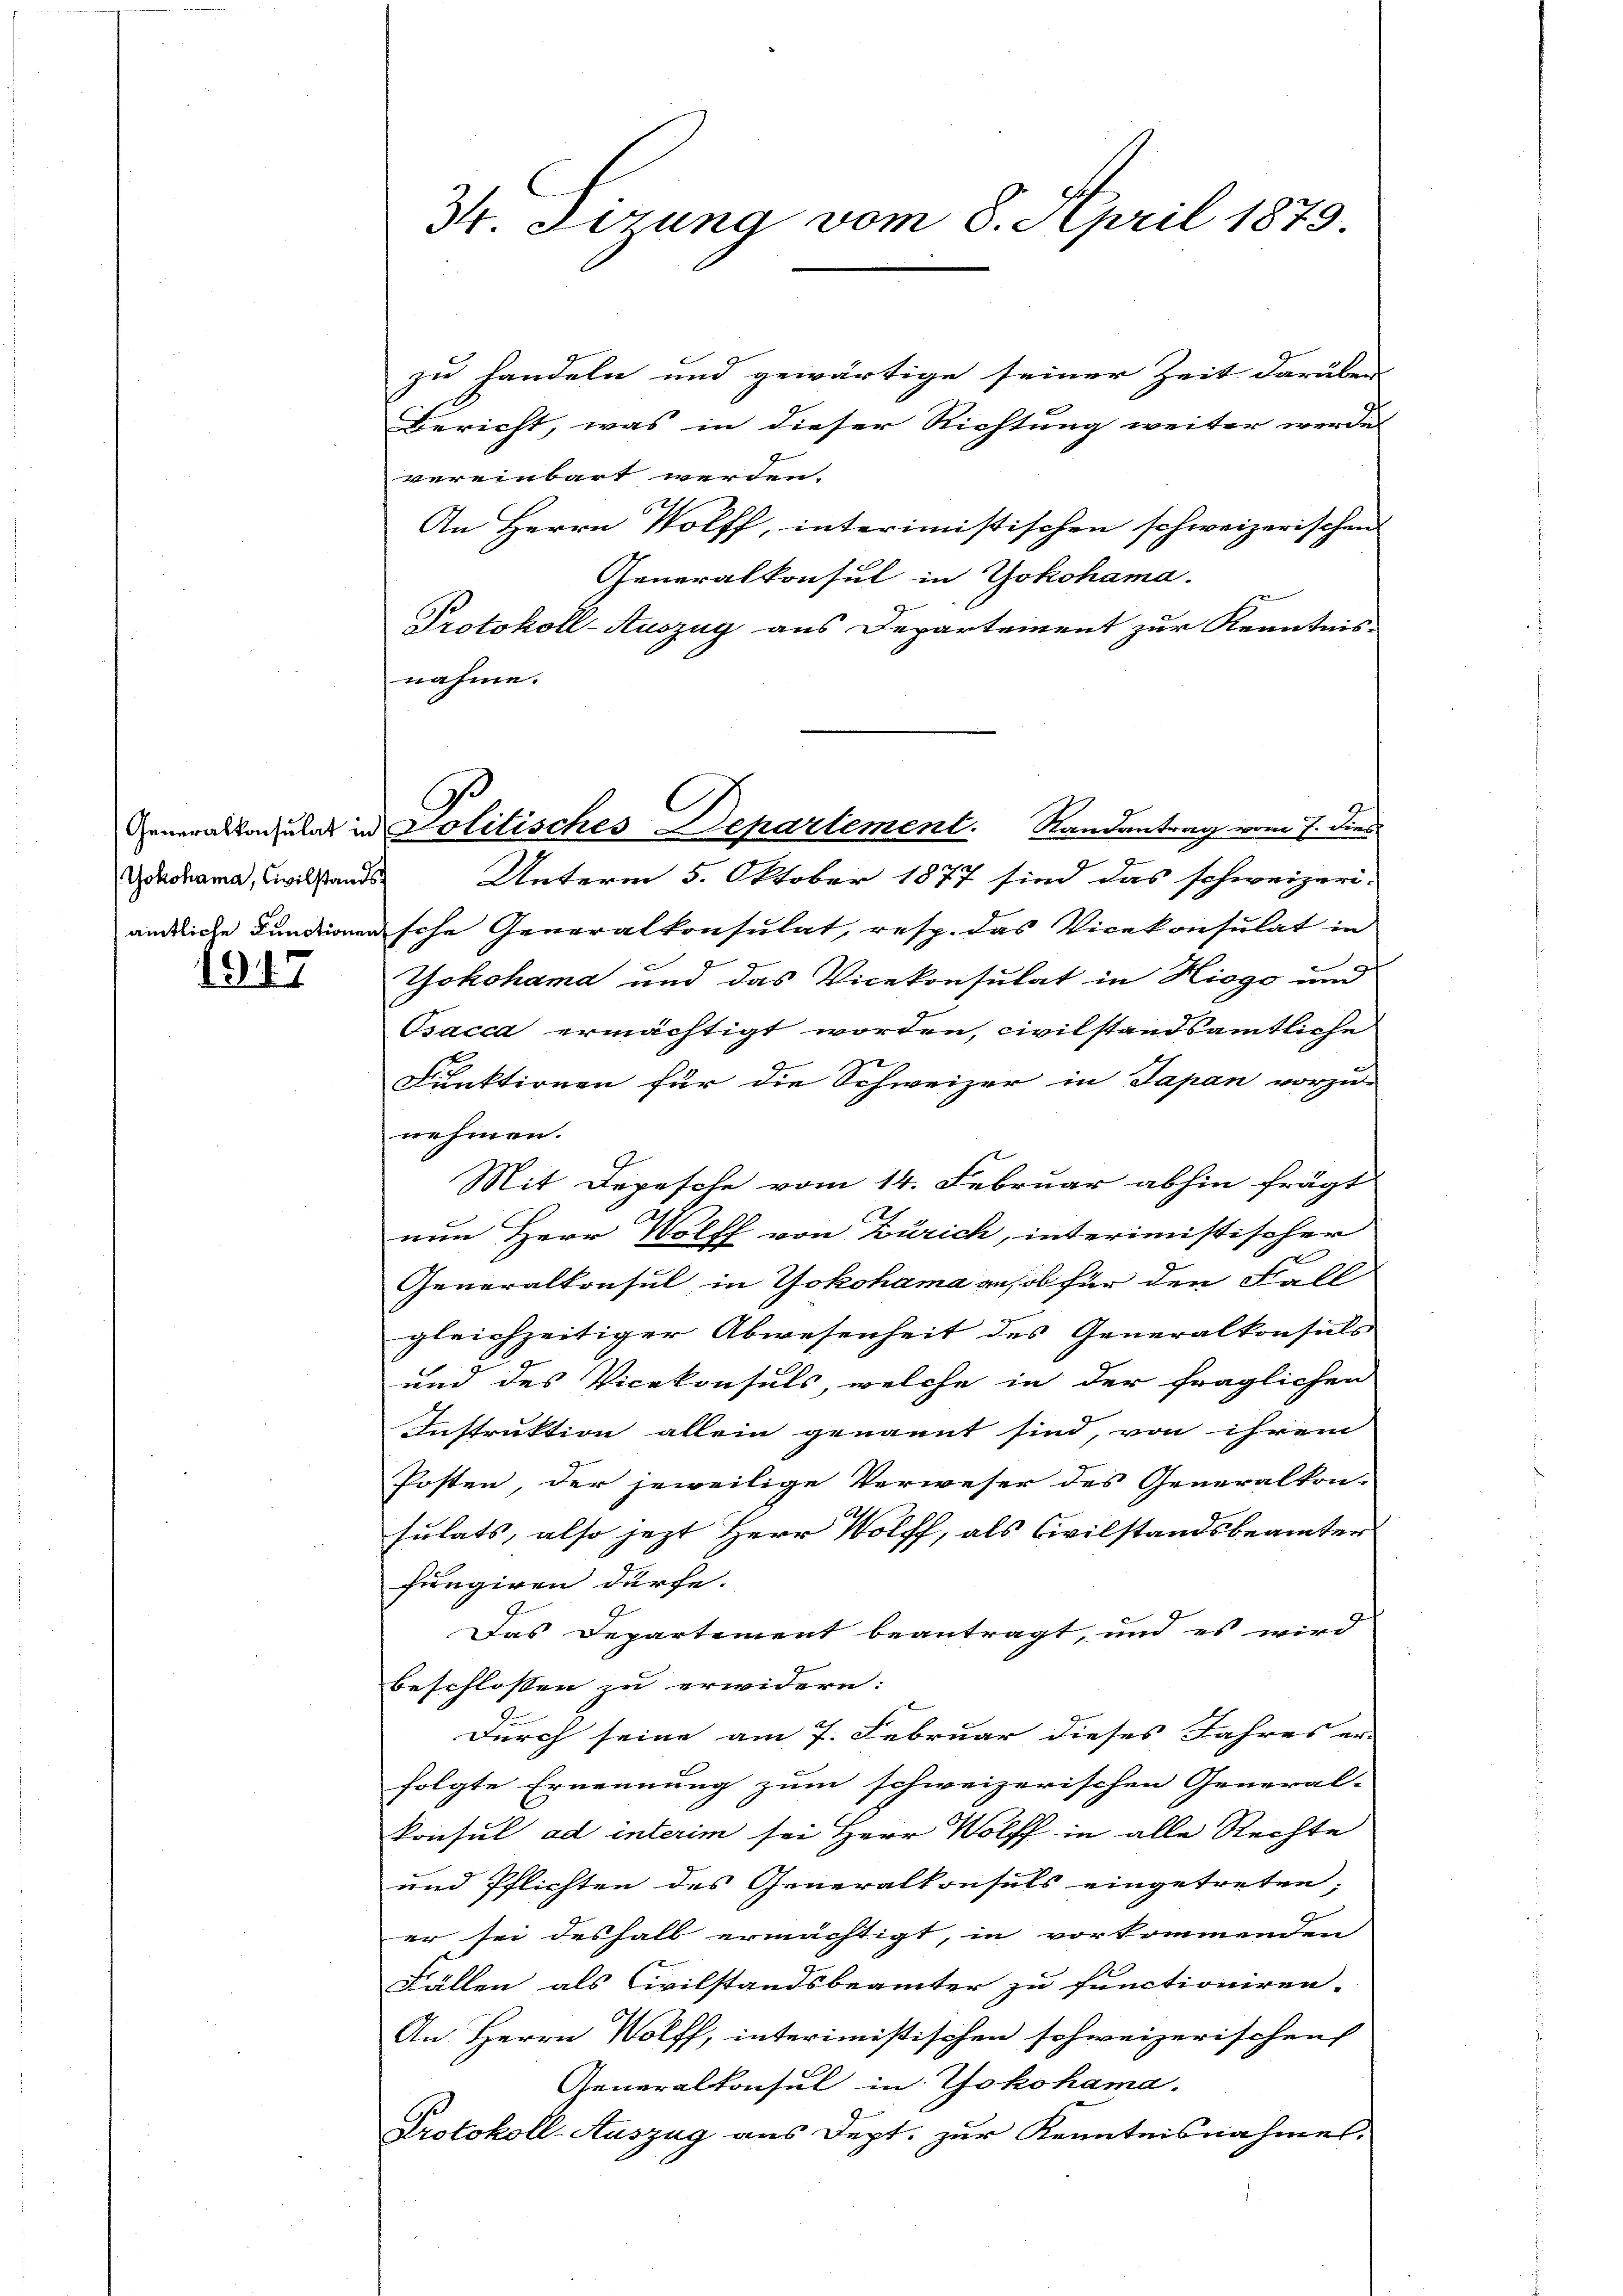
Yokohama, Civilstands

1917

zu handeln und gewärtige seiner Zeit darüber
Bericht, was in dieser Richtung weiter werde
vereinbart werden.
An Herrn Wolff, interimistischen schweizerischen
Generalkonsul in Yokohama.
Protokoll-Auszug aus Departement zur Kenntnis-
nahme.
2
Unterm 5. Oktober 1877 sind das schweizeri-
ändliche Fundionensche Generalkonsulat, resp. das Vicekonsulat in
Yokohama und das Vicekonsulat in Hiogo und
Osacca ermächtigt worden, civilstandsamtliche
Funktionen für die Schweizer in Japan vorzu-
nehmen.
Mit Depesche vom 14. Februar abhin frägt
nun Herr Wolff von Zürich, interimistischer
Generalkonsul in Yokohama aus ob für den Fall
gleichzeitiger Abwesenheit des Generalkonsuls
und das Vicekonsuls, welche in der fraglichen
Instruktion allein genannt sind, von ihrem
Posten, der jeweilige Verweser des Generalkon-
sulats, also jezt Herr Wolff, als Civilstandsbeamten
fungiren dürfe.
Das Departement beantragt, und es wird
beschlossen zu erwidern:
Durch seine am 7. Februar dieses Jahres an- |
folgte Ernennung zum schweizerischen General- |
konsul ad interim sei Herr Wolff in alle Rechte
und Pflichten des Generalkonsuls eingetreten;
er sei deshalb ermächtigt, in vorkommenden
Fällen als Civilstandsbeamter zu functioniren.
An Herrn Wolff, interimistischen schweizerischen
Generalkonsul in Yokohama.
Protokoll-Auszug aus Dept. zur Kenntnisnahmes.

34. Firung vom 8. April 1879.

C
Veneralkonsulat in Politisches Departement. Randantrag vom 7. dies